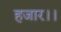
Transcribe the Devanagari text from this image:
हजार।।